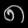
Digit: ၈